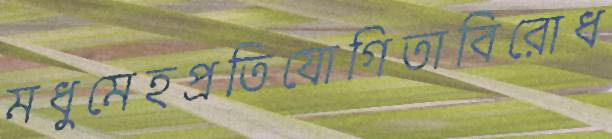
মধুমেহপ্রতিযোগিতাবিরোধ